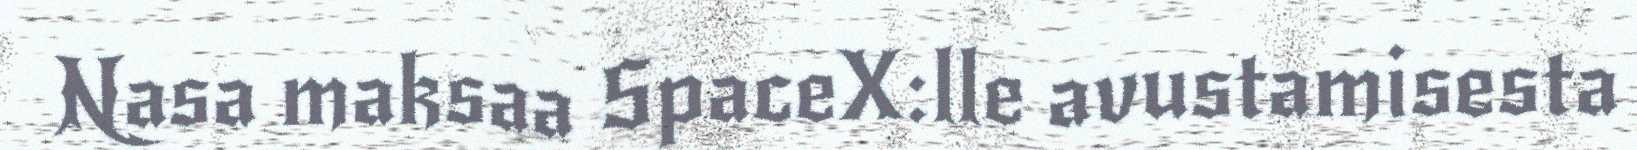
Nasa maksaa SpaceX:lle avustamisesta